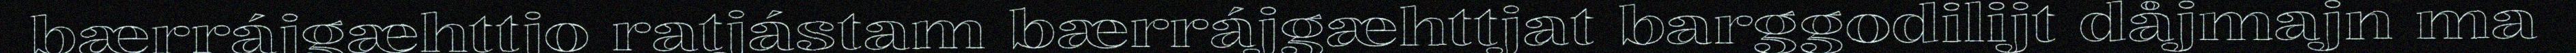
bærrájgæhttjo ratjástam bærrájgæhttjat barggodilijt dåjmajn ma